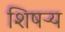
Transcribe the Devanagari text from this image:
शिषऱ्य